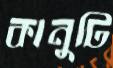
কানুটি